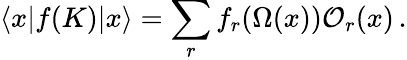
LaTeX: \langle x|f(K)|x\rangle=\sum_{r}f_{r}(\Omega(x)){\cal O}_{r}(x)\, .